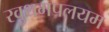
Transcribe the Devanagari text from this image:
रवुथमपलयम